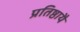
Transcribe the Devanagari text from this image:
प्रतिष्ठायै